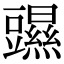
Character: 䝃